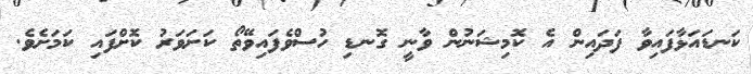
ކަނޑައަޅާފައިވާ ފަދައިން އެ ކޮމިޝަނުން ވާނީ ގޮނޑި ހުސްވެފައިވޭތޯ ކަށަވަރު ކޮށްފައި ކަމަށެވެ.